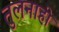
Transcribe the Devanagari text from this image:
तुलनाही